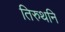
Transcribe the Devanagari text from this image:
तिरुथनि